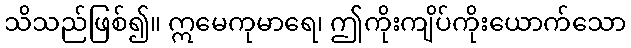
သိသည်ဖြစ်၍။ ဣမေကုမာရေ၊ ဤကိုးကျိပ်ကိုးယောက်သော